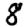
Digit: 8